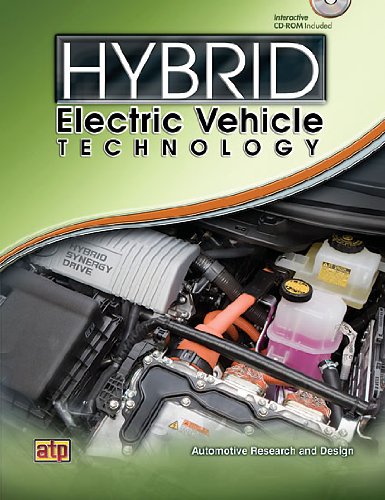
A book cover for Hybrid Electric Vehicle Technology; Automotive Research and Design; Engineering & Transportation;